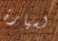
لسيارة